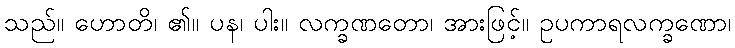
သည်။ ဟောတိ၊ ၏။ ပန၊ ပါး။ လက္ခဏတော၊ အားဖြင့်။ ဥပကာရလက္ခဏော၊